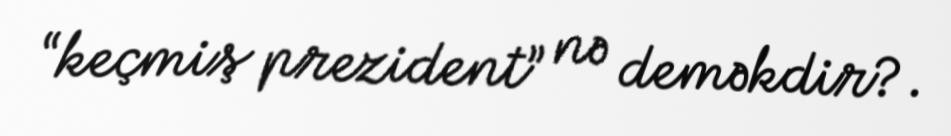
“keçmiş prezident” nə deməkdir?.